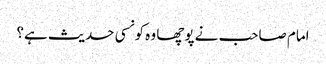
امام صاحب نے پوچھا وہ کونسی حدیث ہے؟